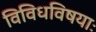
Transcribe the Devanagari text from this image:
विविधविषयाः